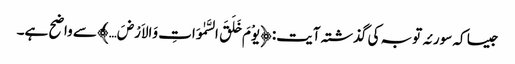
جیسا کہ سورئہ توبہ کی گذشتہ آیت: ﴿یوْمَ خَلَقَ السَّمٰوَاتِ وَالاَرْضَ…﴾ سے واضح ہے۔